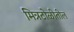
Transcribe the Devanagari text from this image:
मित्रटोळीतील